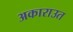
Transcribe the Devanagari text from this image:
अकाराउत